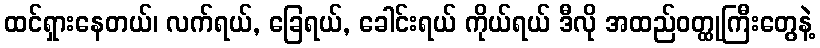
ထင်ရှားနေတယ်၊ လက်ရယ်, ခြေရယ်, ခေါင်းရယ် ကိုယ်ရယ် ဒီလို အထည်ဝတ္ထုကြီးတွေနဲ့